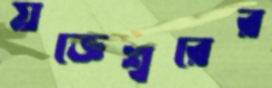
যজ্ঞেশ্বরের